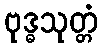
ဗုဒ္ဓသုတ္တံ